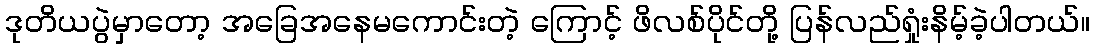
ဒုတိယပွဲမှာတော့ အခြေအနေမကောင်းတဲ့ ကြောင့် ဖိလစ်ပိုင်တို့ ပြန်လည်ရှုံးနိမ့်ခဲ့ပါတယ်။